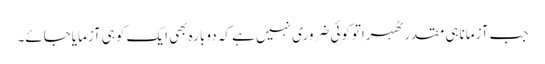
جب آزماناہی مقدرٹھہراتوکوئی ضروری نہیں ہے کہ دوبارہ بھی ایک کوہی آزمایاجائے۔